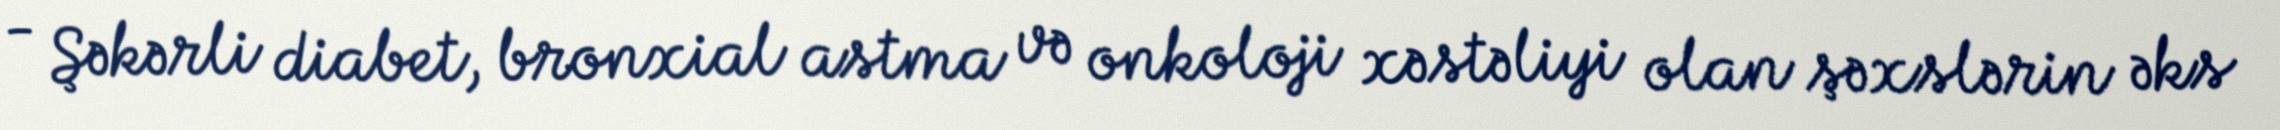
- Şəkərli diabet, bronxial astma və onkoloji xəstəliyi olan şəxslərin əks